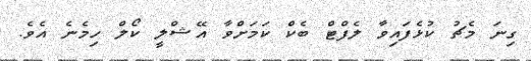
ގިނަ މެޗު ކުޅެފައިވާ ލެފްޓް ބެކް ކަމަށްވާ އޭޝްލީ ކޯލް ހިމެނެ އެވެ.